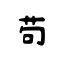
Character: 苟